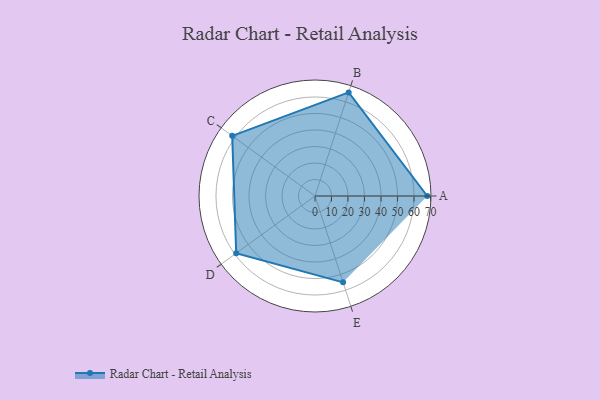
{"axis": {"x": "Skill", "y": "Score"}, "legend": ["Profile"], "data": [{"x": "A", "y": 68.0, "type": "Profile"}, {"x": "B", "y": 66.0, "type": "Profile"}, {"x": "C", "y": 62.0, "type": "Profile"}, {"x": "D", "y": 59.0, "type": "Profile"}, {"x": "E", "y": 55.0, "type": "Profile"}]}